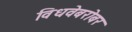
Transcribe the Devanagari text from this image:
विधवेबरोबर